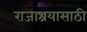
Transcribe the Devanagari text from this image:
राजाश्रयासाठी